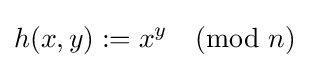
h(x,y):=x^{y}{\pmod {n}}